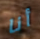
أنا